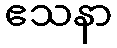
ဧသနာ